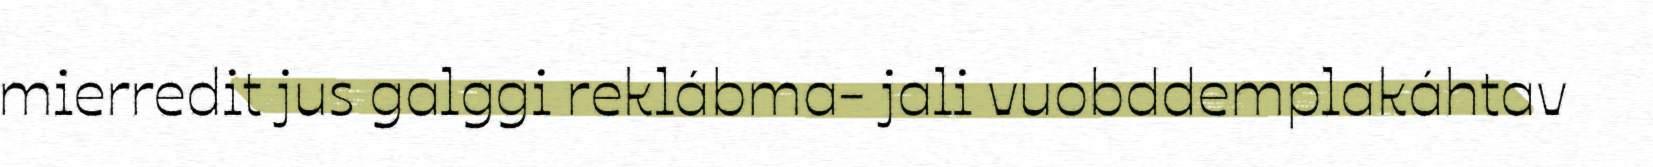
mierredit jus galggi reklábma- jali vuobddemplakáhtav